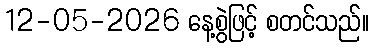
12-05-2026 နေ့စွဲဖြင့် စတင်သည်။